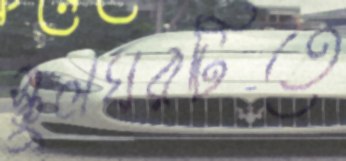
স্কুলঘরটিতে